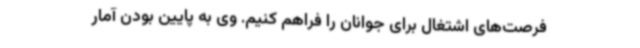
فرصت‌های اشتغال برای جوانان را فراهم کنیم. وی به پایین بودن آمار